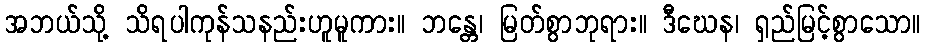
အဘယ်သို့ သိရပါကုန်သနည်းဟူမူကား။ ဘန္တေ၊ မြတ်စွာဘုရား။ ဒီဃေန၊ ရှည်မြင့်စွာသော။